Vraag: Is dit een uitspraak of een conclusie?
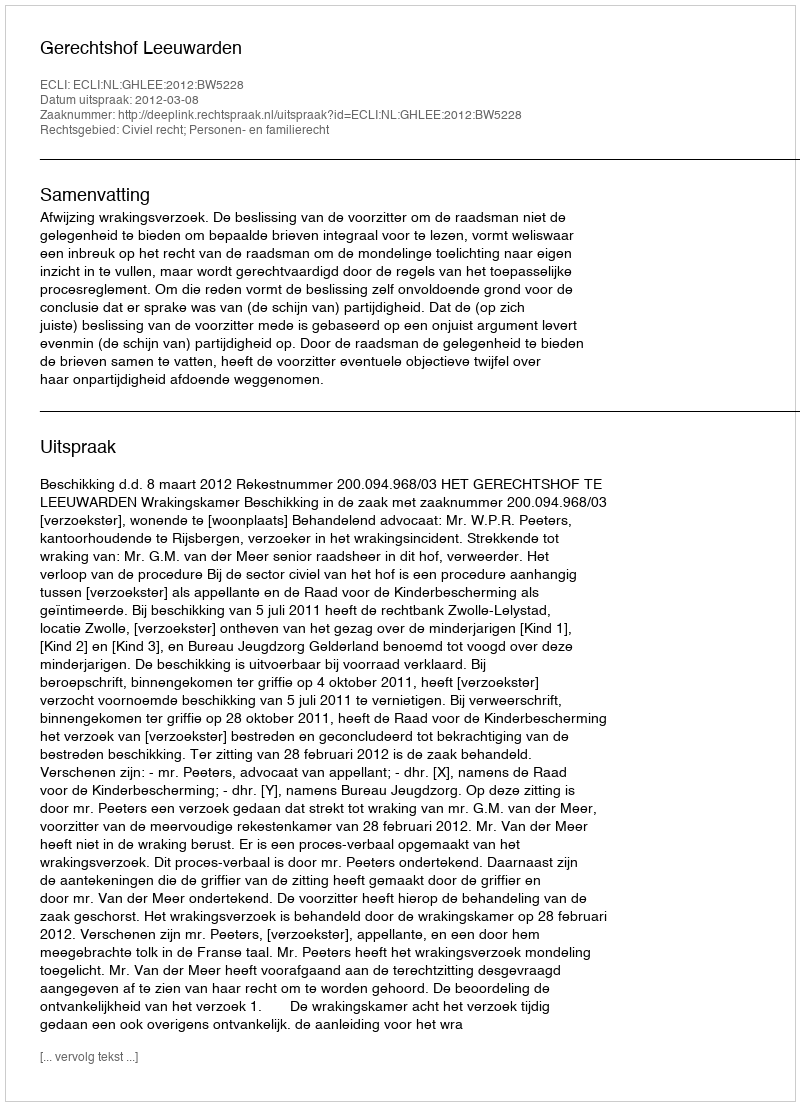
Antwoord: Uitspraak